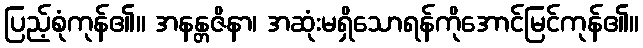
ပြည့်စုံကုန်၏။ အနန္တဇိနာ၊ အဆုံးမရှိသောရန်ကိုအောင်မြင်ကုန်၏။